Indian journal of veterinary science and animal husbandry - Volumes 24-25, 1954-1955
Year: 1954
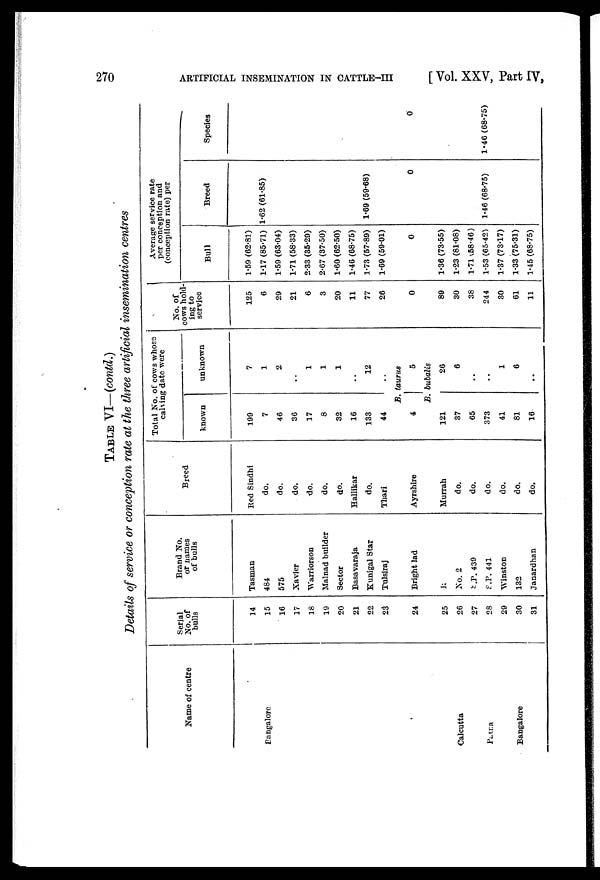
270
ARTIFICIAL INSEMINATION IN CATTLE-III
[ Vol. XXV, Part IV,
TABLE VI—(contd.)
Details of service or conception rate at the three artificial insemination centres
Name of centre
Bangalore
Calcutta
Patna
Bangalore
Serial
No. of
bulls
14
15
16
17
18
19
20
21
22
23
24
25
26
27
28
29
30
31
Brand No.
or names
of bulls
Tasman
484
575
Xavier
Warriorson
Malnad builder
Sector
Basavaraja
Kunigal Star
Tulsiraj
Bright lad
12
No. 2
S.P. 439
S.P. 441
Winston
132
Janardhan
Breed
Red Sindhi
do.
do.
do.
do.
do.
do.
Hallikar
do.
Thari
Ayrshire
Murrah
do.
do.
do.
do.
do.
do.
Total No. of cows whose
calving date were
known
199
7
46
36
17
8
32
16
133
44
unknown
7
1
2
..
1
1
1
..
12
B. taurus
4
5
B. bubalis
121
37
65
373
41
81
16
26
6
..
..
1
6
..
No. of
cows hold-
ing to
service
125
6
29
21
6
3
20
11
77
26
0
89
30
38
244
30
61
11
Average service rate
per conception and
(conception rate) per
Bull
1.59 (62.81)
1.17 (85.71)
1.59 (63.04)
1.71 (58.33)
2.33 (35.29)
2.67 (37.50)
1.60 (62.50)
1.46 (68.75)
1.73 (57.89)
1.69 (59.01)
0
1.36 (73.55)
1.23 (81.08)
1.71 (58.46)
1.53 (65.42)
1.37 (73.17)
1.33 (75.31)
1.45 (68.75)
Breed
1.62 (61.85)
1.69 (59.68)
0
1.46 (68.75)
Species
0
1.46 (68.75)